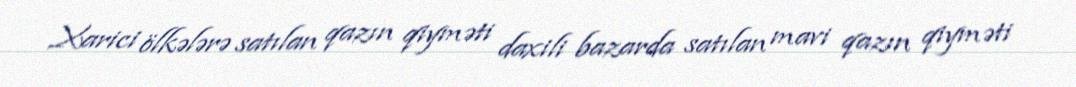
Xarici ölkələrə satılan qazın qiyməti daxili bazarda satılan mavi qazın qiyməti